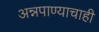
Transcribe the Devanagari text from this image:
अन्नपाण्याचाही